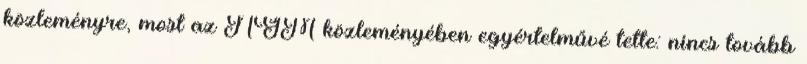
közleményre, most az NGM közleményében egyértelművé tette: nincs tovább